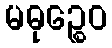
မဓုဉ္စေဝ